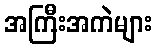
အကြီးအကဲများ